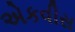
એકવીસ